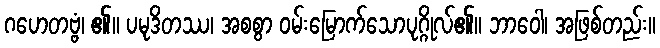
ဂဟေတဗ္ဗံ၊ ၏။ ပမုဒိတဿ၊ အစစွာ ဝမ်းမြောက်သောပုဂ္ဂိုလ်၏။ ဘာဝေါ၊ အဖြစ်တည်း။